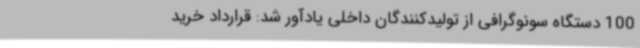
100 دستگاه سونوگرافی از تولیدکنندگان داخلی یادآور شد: قرارداد خرید